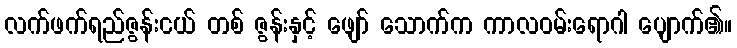
လက်ဖက်ရည်ဇွန်းငယ် တစ် ဇွန်းနှင့် ဖျော် သောက်က ကာလဝမ်းရောဂါ ပျောက်၏။